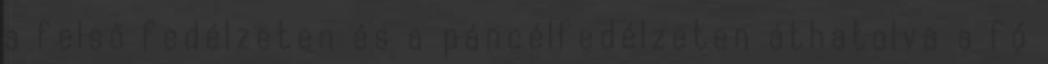
a felső fedélzeten és a páncélfedélzeten áthatolva a fő